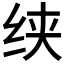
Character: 𰬍